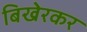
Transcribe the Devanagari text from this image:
बिखेरकर